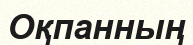
Оқпанның